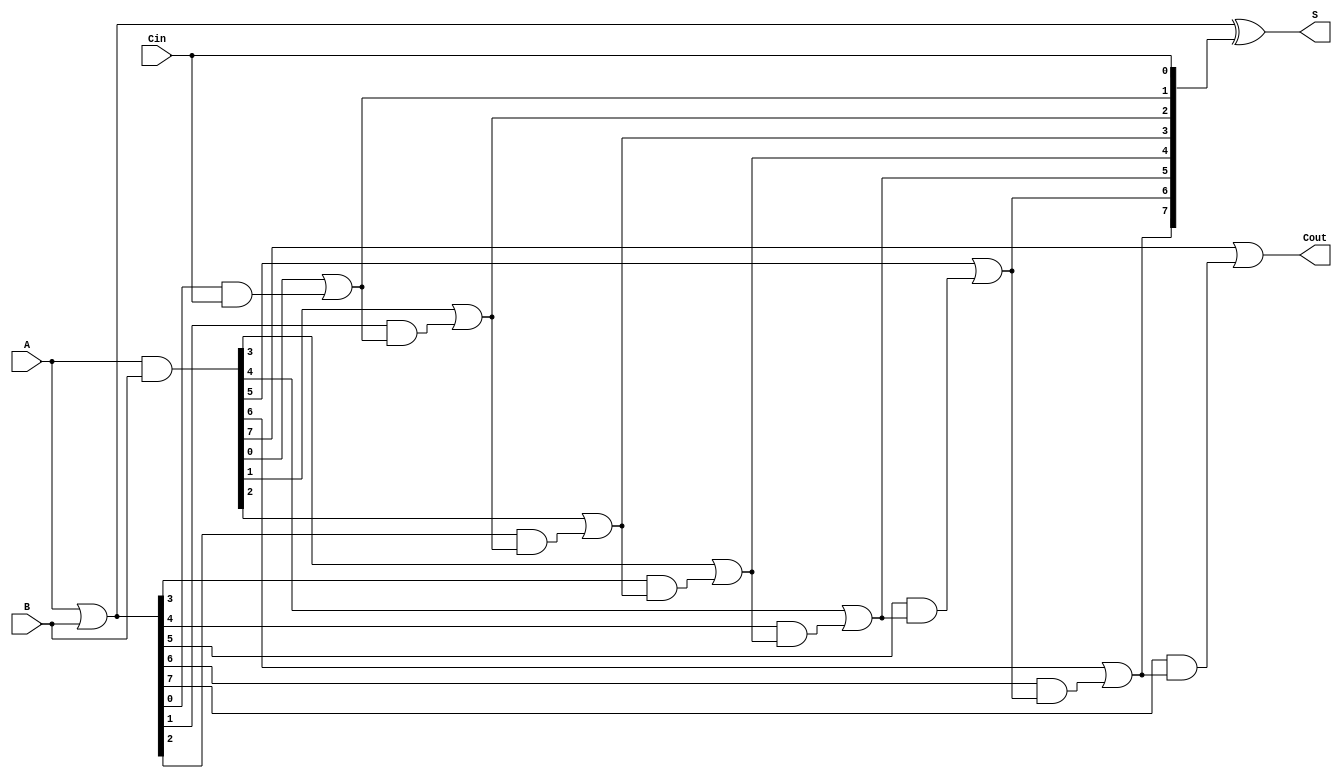
module brent_kung_adder #(parameter n = 8) (
    input  [n-1:0] A,      // First n-bit input
    input  [n-1:0] B,      // Second n-bit input
    input          Cin,     // Carry-in
    output [n-1:0] S,      // Sum output
    output         Cout     // Carry-out
);

    // Generate and Propagate signals
    wire [n-1:0] G; // Generate
    wire [n-1:0] P; // Propagate
    wire [n:0] C;   // Carry signals

    // Generate and Propagate calculations
    assign G = A & B;        // G[i] = A[i] AND B[i]
    assign P = A | B;        // P[i] = A[i] OR B[i]

    // Carry signals
    assign C[0] = Cin;       // C[0] = Cin

    // Carry generation using Brent-Kung method
    genvar i, j;
    generate
        // First stage: Compute carries for each bit
        for (i = 0; i < n; i = i + 1) begin: carry_stage_1
            assign C[i + 1] = G[i] | (P[i] & C[i]);
        end

        // Additional stages can be added here for larger n
        // This implementation uses a simple structure
        // For larger n, you would implement the tree structure
        // Here, we will assume a simple carry propagation for demonstration

    endgenerate

    // Sum calculation
    assign S = P ^ C[n-1:0]; // S[i] = P[i] XOR C[i-1]

    // Final carry-out
    assign Cout = C[n]; // Cout = C[n]

endmodule